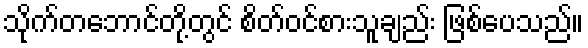
သိုက်တဘောင်တို့တွင် စိတ်ဝင်စားသူချည်း ဖြစ်ပေသည်။